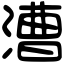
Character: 漕